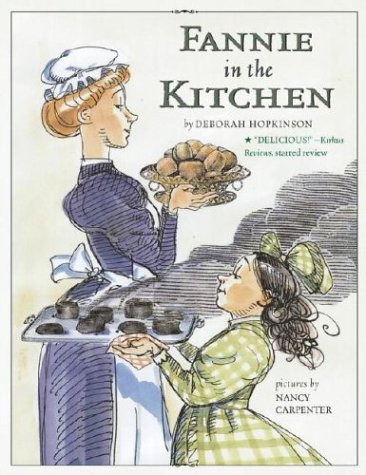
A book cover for Fannie in the Kitchen: The Whole Story from Soup to Nuts of How Fannie Farmer Invented Recipes with Precise Measurements; Deborah Hopkinson; Cookbooks, Food & Wine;